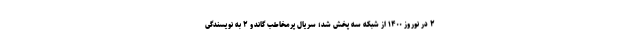
۲ در نوروز ۱۴۰۰ از شبکه سه پخش شد؛ سریال پرمخاطب گاندو ۲ به نویسندگی